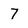
Character: 7